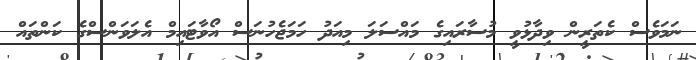
ނަމަވެސް ކެތަރީން ވިދާޅުވީ މުސާރައިގެ މައްސަލަ މިއަދު ހަމަޖެހުނަސް އޯވާޓައިމް އެލަވަންސްގެ ކަންތައް